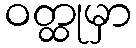
ဝတ္ထုမှာ